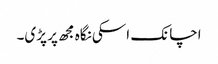
اچانک اسکی نگاہ مجھ پر پڑی۔